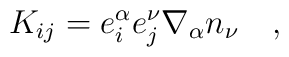
K_{i j} = e^{\alpha}_{i}e^{\nu}_{j}\nabla_{\alpha}n_{\nu}\quad ,